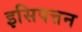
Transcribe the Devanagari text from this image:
इसिपत्तन